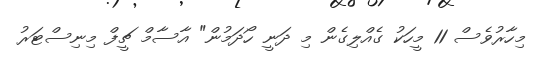
މިހާރުވެސް 11 މީހަކު ގެއްލިގެން މި ދަނީ ހޯދަމުން" އާސާމް ޗީފް މިނިސްޓަރު